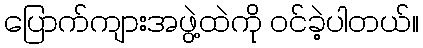
ပြောက်ကျားအဖွဲ့ထဲကို ဝင်ခဲ့ပါတယ်။